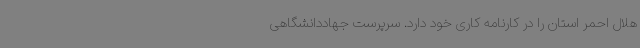
هلال احمر استان را در کارنامه کاری خود دارد. سرپرست جهاددانشگاهی